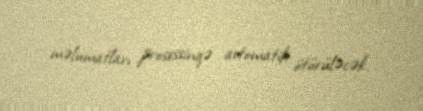
məlumatları prosessinqə avtomatik ötürüləcək.